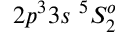
{ 2 p ^ { 3 } 3 s ~ ^ { 5 } S _ { 2 } ^ { o } }